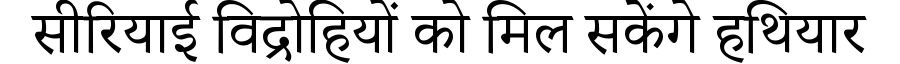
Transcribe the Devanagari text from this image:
सीरियाई विद्रोहियों को मिल सकेंगे हथियार